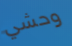
وحشي